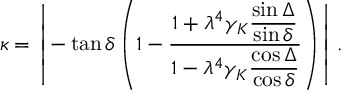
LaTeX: { \kappa } = \left| - \tan { \delta } \left( 1 - \frac { 1 + { \lambda } ^ { 4 } { \gamma } _ { K } \displaystyle { \frac { \sin { \Delta } } { \sin { \delta } } } } { 1 - { \lambda } ^ { 4 } { \gamma } _ { K } \displaystyle { \frac { \cos { \Delta } } { \cos { \delta } } } } \right) \right| .